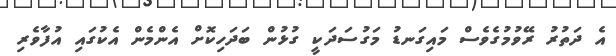
އެ ދަތުރު ރޭވުމުގެވެސް މައިގަނޑު މަގުސަދަކީ ގުޅުން ބަދަހިކޮށް އެންމެން އެކުގައި އުފާވެރި